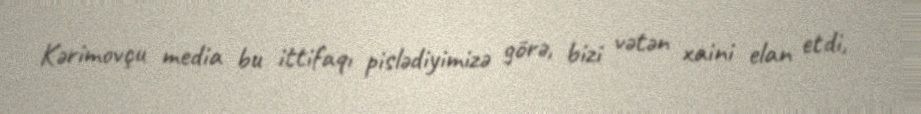
Kərimovçu media bu ittifaqı pislədiyimizə görə, bizi vətən xaini elan etdi,